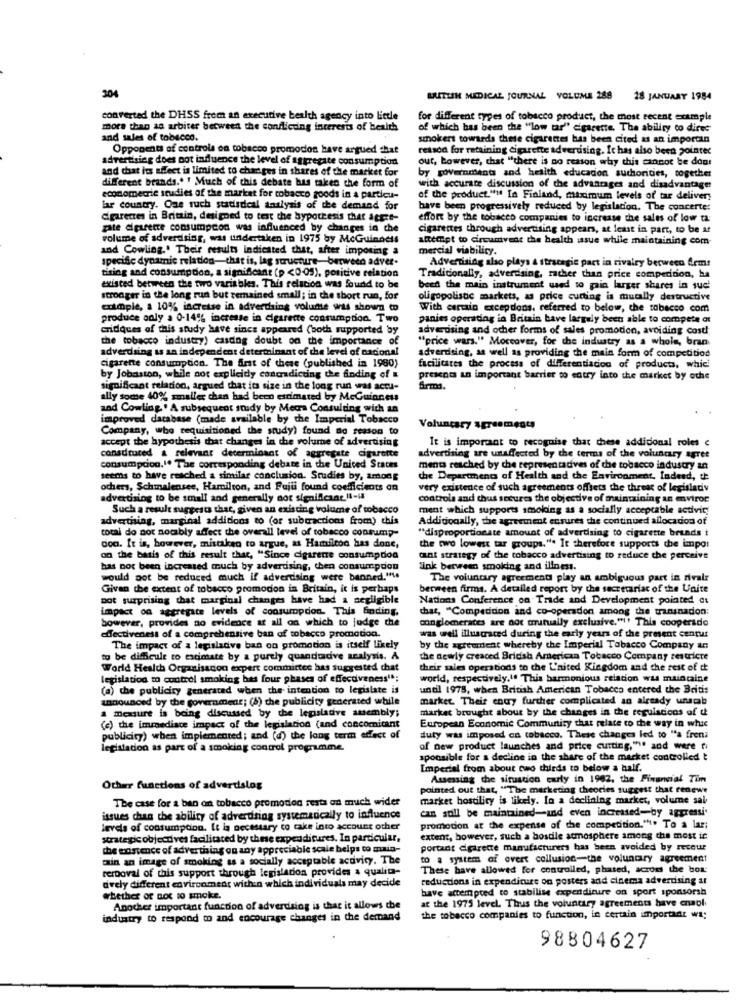
304
BRITISH MEDICAL JOURNAL VOLUME 288 28 JANUARY 1984
converted the DHSS from an executive bealth agency into Lietle
for different types of tobacco product, the most recent example
more than an arbiter between the conflicting interests of health
of which has been the "low tar" cigarette. The ability to diree
and sales of tobacco.
smokers towards these cigarettes bas been cited as an importan
Opponents of controls on tobacco promodos have argued that
retsod for retaining Cigarette advertising. It has also been pointer
advertising does not influence the level of aggregate consumption
out, however, that "there is no reason why this cannot be don!
and that its effect is limited to changes in shares of the market for
different brands .. ' Much of this debate has taken the form of
by governments and health educacion authorities, together
with accurate discussion of the advantages and disadvantage
econometric studies of the market for tobacco goods in a particu-
of the product."" In Finland, maximum levels of tar deliver;
lar country. One ruch statistical analysis of the demand for
have been progressively reduced by legislacion. The concerte:
dpareces in Britain, designed to test the hypothesis that acert-
effort by the tobacco companies to increase the sales of low ta
pate diparerre consumption was influenced by changes in the
cigarettes through advertising appears, at least in part, to be ar
volume of advertising, was undertaken in 1975 by McGuinness
attempt to circumvent the health issue while maintaining com-
and Cowling .. Their results Indicated that, after imposing a
mercial viability.
specific dynamic relation-that is, lag structure- between adver.
Advertising also plays & stracagie part in rivalry berween Arms
tising and consumption, a significant (p <0.05), positive relation
Traditionally, advertising, rather than price competinon, ha
existed between the two variables. This relación was found to be
beed the main instrument used to pain larger shares in such
stroager in the long run but remained small; in the short run, for
oligopolistic markets, as price cutting is mucally destructive
example, a 10% increase in adverdaing volume was shown @
With certain excepdons, referred to below, che tabacco com
produce only a 0-14% increase in cigarette consumption. Two
panies operating in Britain bave largely been able to compete at
cridques of this study have sincs appeared (both supported by
advertising and other forms of sales promotion, avoiding cost!
the tobacco industry) casdog doubt on the importance of
"price wars." Moreover, for the industry as a whole, bran.
adverdaing us an independent determinant of the level of nacional
advertising, as well as providing the main form of competition
cigarette consumption. The first of these (published in 1980)
facilitates the process of differentiados of products, which
by Jobaston, while not explicidy contradicting the finding of
presents an important barrier to entry into the market by oche
significant relation, argued that its size in the long run was actu-
firma.
ally some 40% smaller chan had been estimated by McGuinness
and Cowling . A subsequent snady by Meora Consulting with an
improved database (made available by the Imperial Tobacco
Company, who requisitioned the study) found no reason to
Voluntary agreementą
accept the hypothesis that changes in the volume of advertising
It is important to recognise that these addicional roles c
consdrured & relevant determinant of aggregate cigarette
advertising are untaffected by the terms of the voluntary agree
consumption.I. The corresponding debare in the United States
ments reached by che representadives of the tobacco industry an
seems to have reached a similar conclusion. Studies by, among
the Department of Health and the Environment. Indeed, the
ochers, Schmalensee, Hamilton, and Fujti found coefficients on
very existence of such agreements offsets the threat of legislady
advertising to be small and generally not significant Il-ia
controls and thus secures the objective of maintaining an aviroc
Such a result suggests that, given an existing volume of tobacco
ment which supports smoking as a socially acceptable activity
advertising, marginal additions to (or subtractions from) this
Additionally, the agreement ensures the continued allocation of
total do not socably affect the overall level of tobacco consump-
"disproportionate amount of advertising to cigarette brands i
don. It is, however, mistaken to argue, as Hamilton has done,
the two lowest tar groups.". It therefore supports the impo:
on the basis of this result that, "Since cigarene consumpdon
ant strategy of the tobacco advertising to reduce the perceive
has not been increased much by advertising, then consumption
link between smoking and illness.
would pot be reduced much if advertising were banned."".
The voluntary agreementi play an ambiguous part in rivalr
Given the extent of tobacco promodon in Britain, it is perhaps
between firma. A detailed report by the secretariat of the Unite
not surprising that marginal changes have had a negligible
Nations Conference on Trade and Development pointed Ci
impact on aggregate levels of consumption. This Ending.
chat, "Competition and co-operadon among the transnacion:
however, provides no evidence at all on which to judge the
conglomerates are not mutually exclusive."!' This cooperado
effectiveness of a comprehensive ban of tobacco promotion.
was well illustrated during the early years of the present centur
The impact of a legisladve ban on promotion is itself likely
by the agreement whereby the Imperial Tobacco Company an
to be difficult to estimate by a purely quandodive analysis. A
the newly creaced British American Tobacco Company restricte
World Health Organisation expert committee has suggested chat
their sales operations to the L'aited Kingdom and the rest of t
legislation to control smoking has four phases of effectiveness";
world, respectively.If This harmonious relacion was maintaine
(a) che publicity generated when the intention to legislate is
undl 1978, when British American Tobacco entered the Britis
announced by the government; (8) che publicity generated while
market. Their entry further complicated an already unscb
a measure is being discussed by the legislative assembly;
market brought about by the changes in the regulations of th
(e) the immediace impact of the legislation (and concomitant
European Economic Community that relate to the way in whic
publicity) when implemented; and (d) the long term effect of
duty was imposed on tobacco. These changes led to "a frena
legislation as part of a smoking control programme.
of new product launches and price cutting,"he and were fi
sponsible for a decline in the share of the market controlled t
Imperial from about two thirds to below a half.
Assessing the siruscon curly in 1962, the Financial Tim
Other functions of advertislog
pointed out that, "The marketing theories suggest that renewe
The case for a ban on tobacco promotion resta an much wider
market hostility is likely. In a declining market, volume sal
can soll be maintained-and even increased-by aggressi
issues chan the ability of advertising systematically to influence
levels of consumption. It is necessary to take into account other
promotion at the expense of the competition.". To a lar;
strategic objectives facilitated by these expenditures. In particular,
extent, however, such a hostile atmosphere among the most ic
the existence of advertising on any appreciable scale helps to maia-
portant cigarette manufacturers has been avoided by recour
ain an image of smoking as a socially acceptable activity. The
to a system of overt collusion-the voluntary agreement
rerpoval of this support through legislation provides a qualita-
These have allowed for controlled, phased, across the box:
drely different environment with:n which individuals may decide
reducdons in expenditure on posters and cinema advertising at
have attempted to stabilise expenditure on sport sponsorsh
whether or not to smoke.
at the 1975 level. Thus the voluntary agreements have ansol
Another important function of advertising is that it allows the
industry to respond mo and encourage changes in the demand
the tobacco companies to function, in certain important wa:
98804627